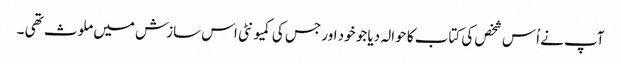
آپ نے اُس شخص کی کتاب کا حوالہ دیا جو خود اور جس کی کمیونٹی اس سازش میں ملوث تھی ۔